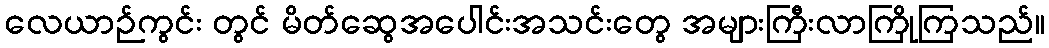
လေယာဉ်ကွင်း တွင် မိတ်ဆွေအပေါင်းအသင်းတွေ အများကြီးလာကြိုကြသည်။